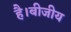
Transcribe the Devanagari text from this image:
है।बीजीय